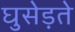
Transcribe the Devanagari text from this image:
घुसेड़ते